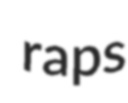
raps